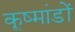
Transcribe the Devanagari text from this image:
कूष्मांडों